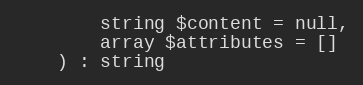
Language: PHP
        string $content = null,
        array $attributes = []
    ) : string